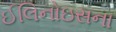
ઈલિનોઇસના